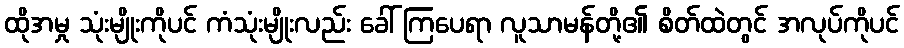
ထိုအမှု သုံးမျိုးကိုပင် ကံသုံးမျိုးလည်း ခေါ် ကြပေရာ လူသာမန်တို့၏ စိတ်ထဲတွင် အလုပ်ကိုပင်